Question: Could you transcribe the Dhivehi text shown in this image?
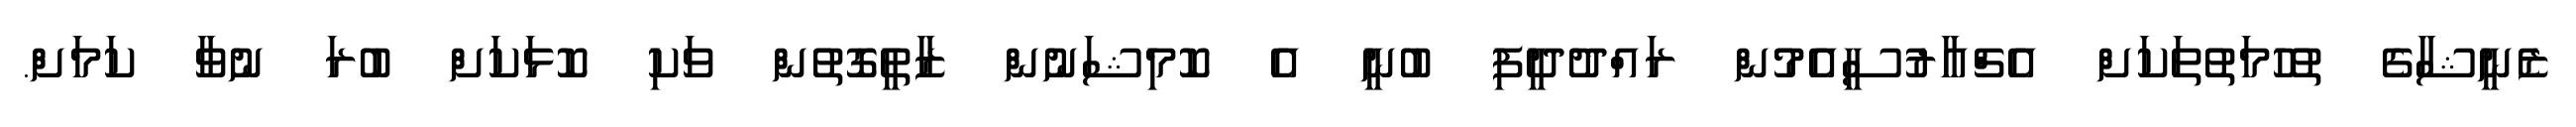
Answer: ޒެނީޝާގެ ތުހުމަތުތަކަށް އެޗްއާރުސީއެމުން ރައްދުދީފި ބުނީ އެ ކޮމިޝަނުން ޒާތީގޮތުން ވަކި ކޮޅަކަށް ބުރަ ނުވާ ކަމަށް.